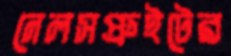
নেলসপ্রুইটের